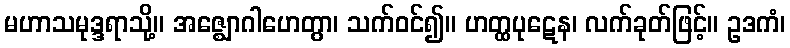
မဟာသမုဒ္ဒရာသို့။ အဇ္ဈောဂါဟေတွာ၊ သက်ဝင်၍။ ဟတ္ထပုဋေန၊ လက်ခုတ်ဖြင့်။ ဥဒကံ၊